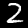
Label: 2